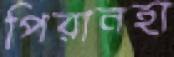
পিরানহা